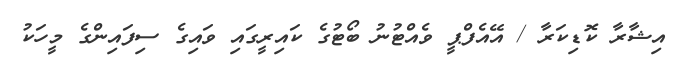
އިޝާރާ ކޮޑިކަރާ / އޭއެފްޕީ ވެއްޓުނު ބޯޓުގެ ކައިރީގައި ވައިގެ ސިފައިންގެ މީހަކު